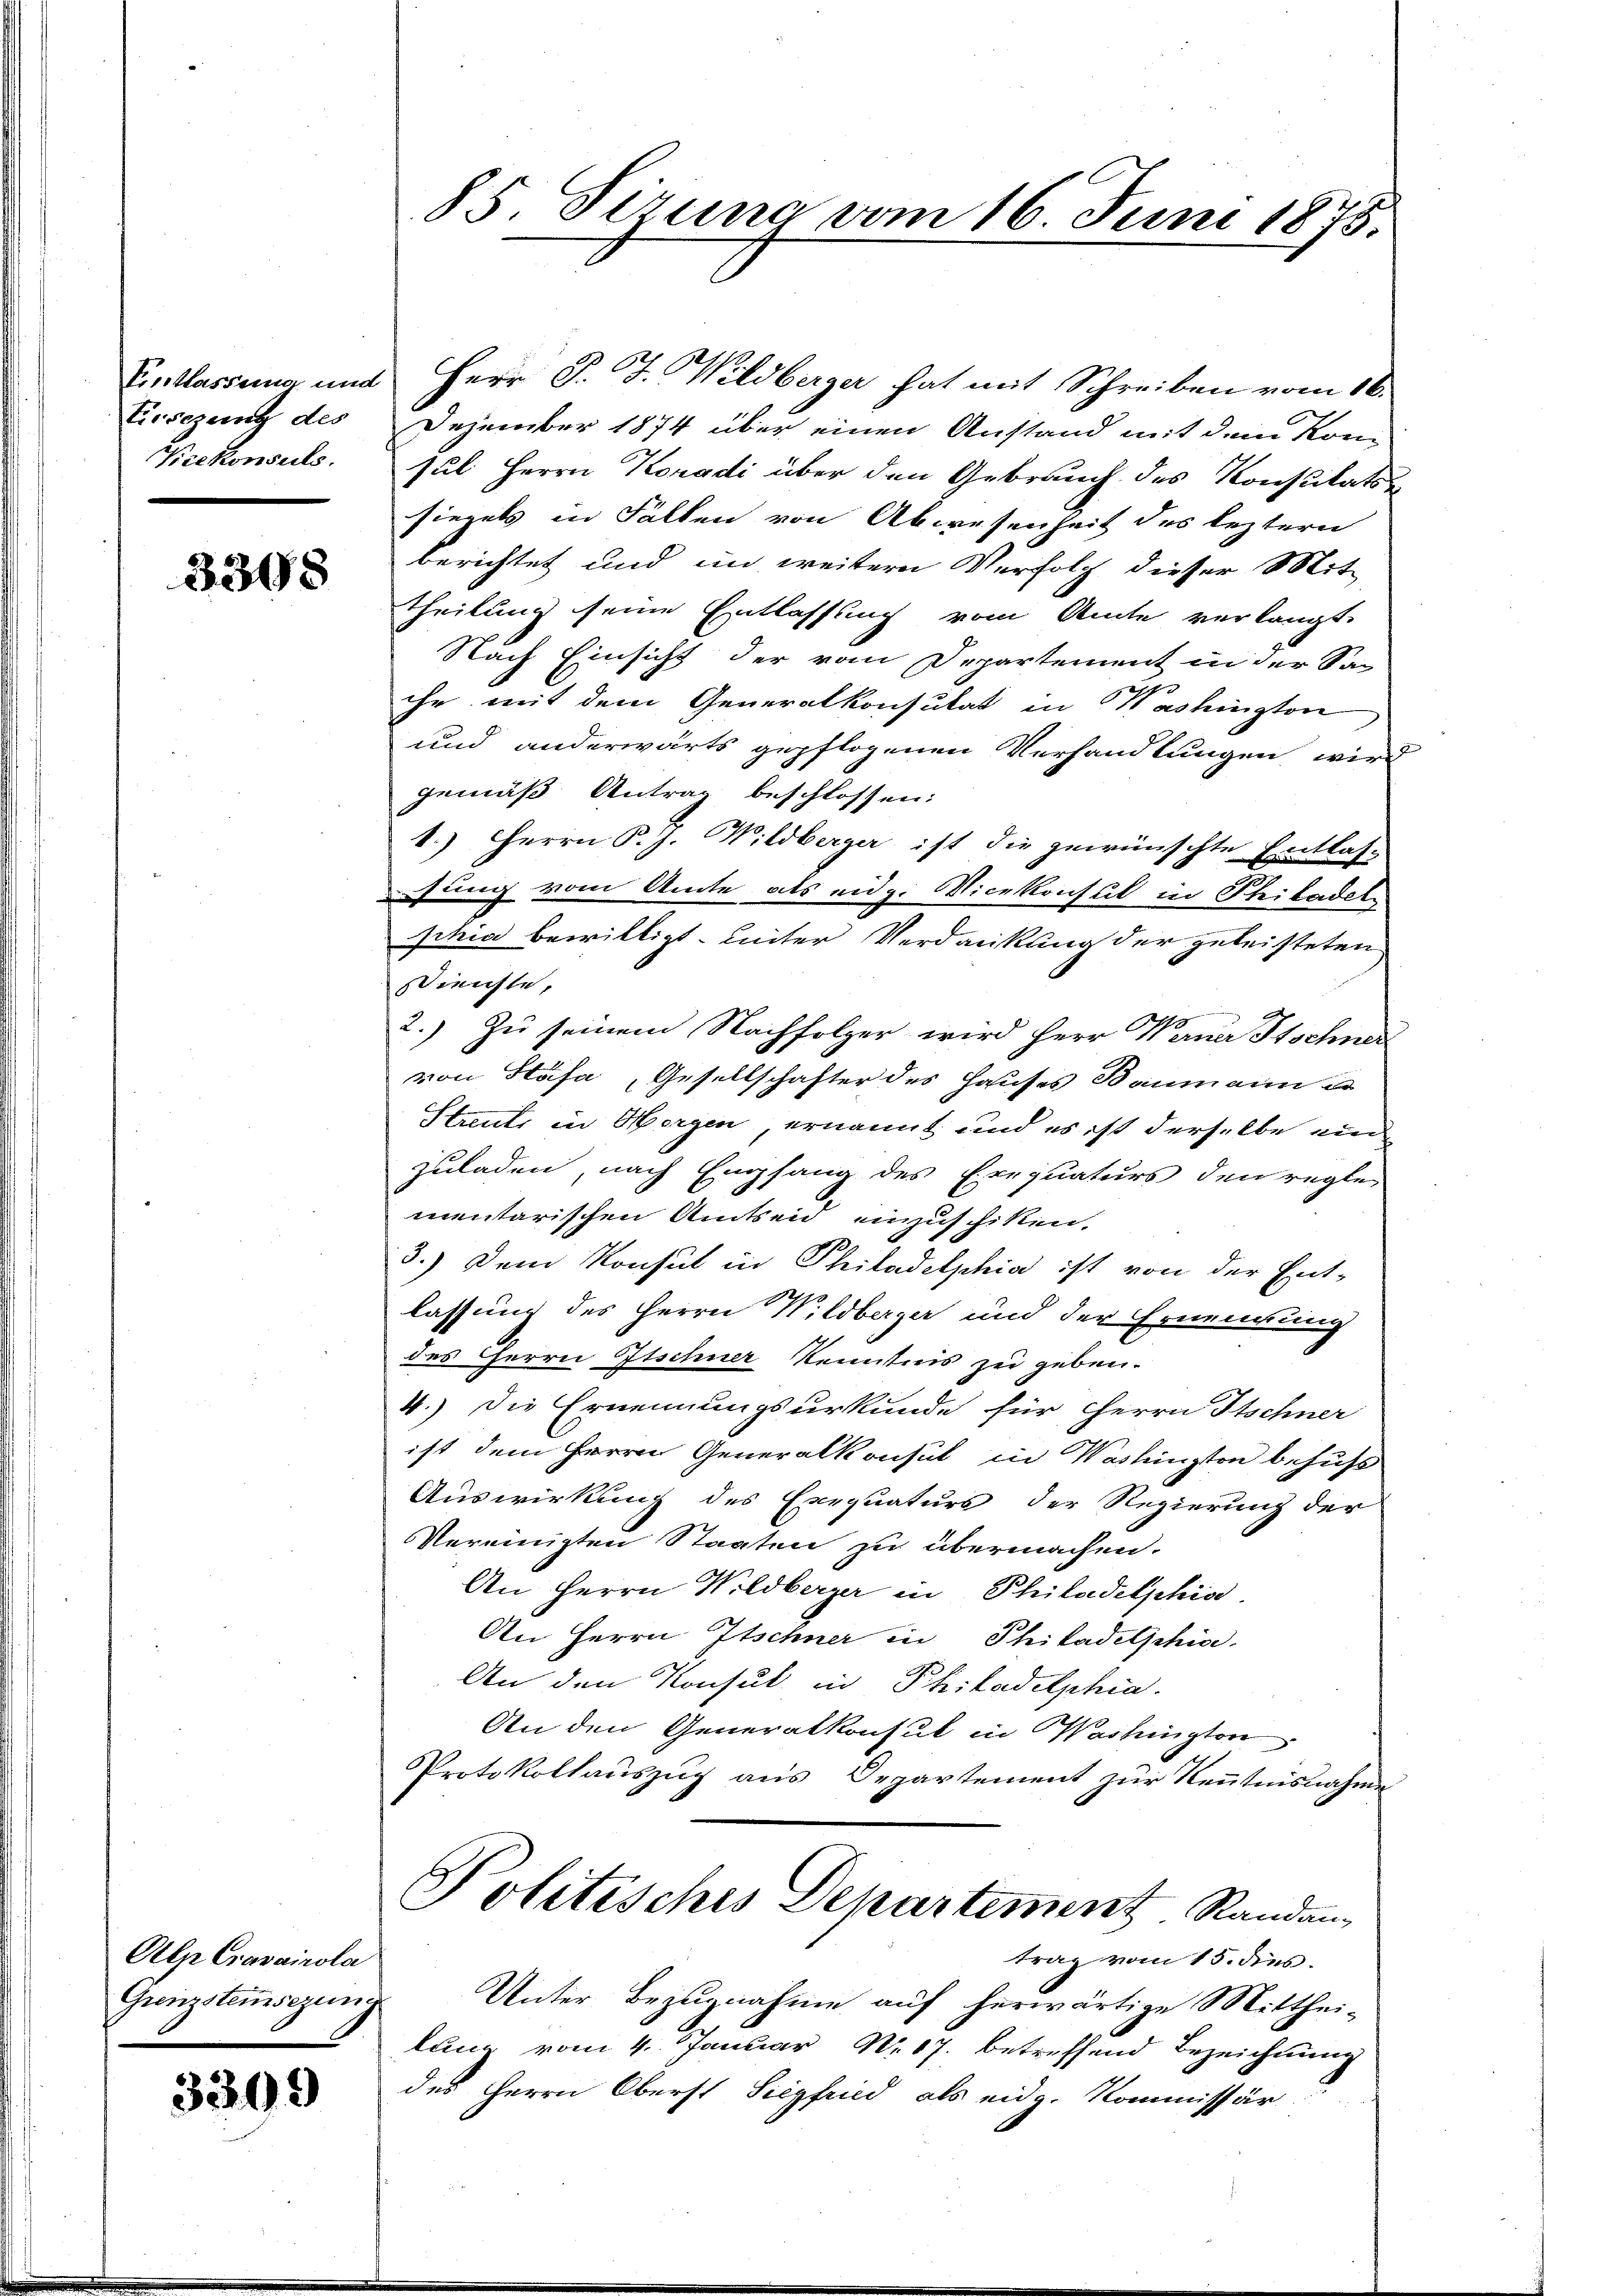
Entlassung und
Ersezung des
Krekonsuls.

3308

Alp Cravainola
Grenzstensezung

3309

85. Pizuna vom 16. Juni 1875.

Herr J. J. Wildberger hat mit Schreiben vom 16.
Dezember 1874 über einen Anstand mit dem Köni
sul Herrn Koradi über den Gebrauch des Konstitats
siegels in Fallen von Abwesenheit des leztern
berichtet und im weitern Verfolg dieser Mit-
theilung seine Entlassung vom Amte verlangt,
Nach Einsicht der vom Departement in der Sa
ihr mit dem Generalkonsulat in Washington
und anderwärts gepflogenen Verhandlungen wird
gemäß Antrag beschlossen:
1.) Herrn P. J. Wildberger ist die gewünschte Entlas-
Lesung vom Amte als eidg. Vicekonsul in Philadel
schia bewilligt. Leiter Verdankung der geleisteten
Dienste,
.
2.) Zu seinem Nachfolger wird Herr Warner Stschner
von Stäfa Gesellschafter des Hauses Baumann
Steuer in Hergen, ernannt und es ist derselbe ein
zuladen, nach Empfang des Exequaturs den regte
mentarischen Amtseid einzuschiken.
3.) Dem Konsul in Philadelphia ist von der Ent-
lassung des Herrn Wildberger und der Ernennung
des Herrn Itschner Kenntnis zu geben.
4.) Die Ernennungsurkunde für Herrn Itschner
ist dem Herrn Generalkonsul in Washington behufs
Auswirkung des Exequaturs der Regierung der
Vereinigten Staaten zu übermachen.
An Herrn Wildberger in Philadelphis
An Herrn Itschner in Philadelphia
An den Konsul in Philadelphia
An den Generalkonsul in Washington
Protokollauszug aus Departement zur Kenntnisnahme
Politisches Departement Randan
trag vom 15. dies
Unter Bezugnahme auf herwärtige Mitthei-
lung vom 4. Januar Nr. 17. betreffend Bezeichnung
des Herrn Oberst Siegfried als eidg. Kommissär